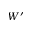
W ^ { \prime }